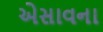
એસાવના